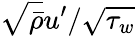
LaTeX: \sqrt{\bar{\rho}}u^{\prime}/\sqrt{\tau_{w}}